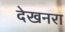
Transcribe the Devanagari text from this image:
देखनरा